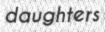
daughters